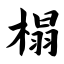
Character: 榻